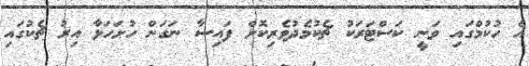
އެ ހުކުމްގައި ވަނީ ކަސްޓަރަކު ޗެކުމެދުވެރިކޮށް ފައިސާ ނަގަން ހުށަހަޅާ އިރު ޗެކުގައި